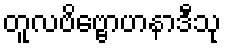
တူလဗိဗ္ဗောဟနာဒီသု